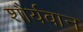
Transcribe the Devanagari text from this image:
शौर्यवान